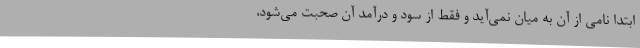
ابتدا نامی از آن به میان نمی‌آید و فقط از سود و درآمد آن صحبت می‌شود،